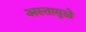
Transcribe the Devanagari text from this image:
अस्तामुळे